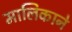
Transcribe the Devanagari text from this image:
मालिकाने